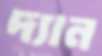
দ্যান